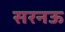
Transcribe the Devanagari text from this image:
सरनऊ